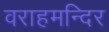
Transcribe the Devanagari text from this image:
वराहमन्दिर